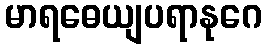
မာရဓေယျပရာနုဂေ